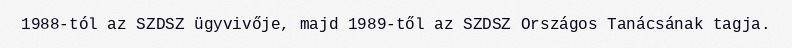
1988-tól az SZDSZ ügyvivője, majd 1989-től az SZDSZ Országos Tanácsának tagja.